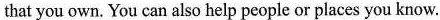
that you own. You can also help people or places you know.